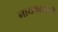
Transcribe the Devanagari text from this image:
नायकासाठी